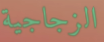
الزجاجية